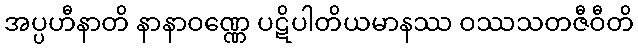
အပ္ပဟီနာတိ နာနာဝဏ္ဏေ ပဋိပါတိယမာနဿ ဝဿသတဇီဝီတိ